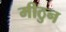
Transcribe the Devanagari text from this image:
मीठुन